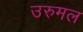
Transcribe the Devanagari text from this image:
उरुमल